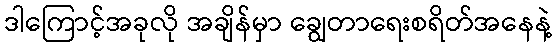
ဒါကြောင့်အခုလို အချိန်မှာ ချွေတာရေးစရိတ်အနေနဲ့